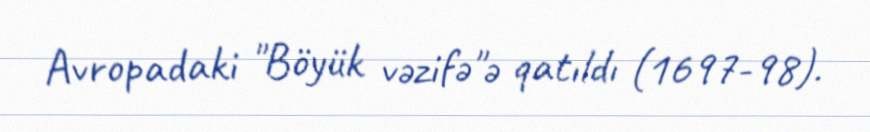
Avropadaki "Böyük vəzifə"ə qatıldı (1697-98).